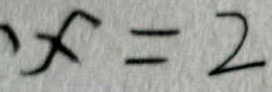
x = 2